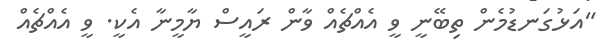
"އަޅުގަނޑުމެން ތިބޭނީ ވީ އެއްޗެއް ވާން ރައީސް ޔާމީނާ އެކީ. ވީ އެއްޗެއް